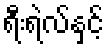
ရီးရဲလ်နှင့်